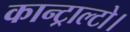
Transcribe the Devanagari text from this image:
कान्ट्राल्टो।